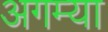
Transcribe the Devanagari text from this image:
अगम्या